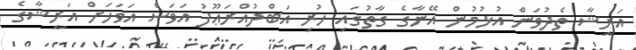
އަރީޝާ ތެދުވަން އުޅުމުން އޭނާގެ ގާތުގައި ހުރި އަބްދުއްރަޢޫފު އަވަސް އަވަހަށް އަރީޝާގެ